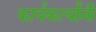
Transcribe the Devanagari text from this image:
कार्यकर्त्यांंनी